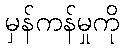
မှန်ကန်မှုကို